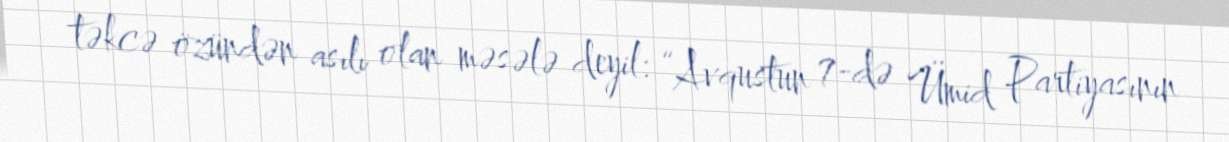
təkcə özündən asılı olan məsələ deyil: “Avqustun 7-də Ümid Partiyasının